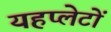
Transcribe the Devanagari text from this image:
यहप्लेटों